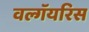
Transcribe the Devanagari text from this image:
वल्गॅयरिस